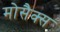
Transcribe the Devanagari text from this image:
मोसैक्स